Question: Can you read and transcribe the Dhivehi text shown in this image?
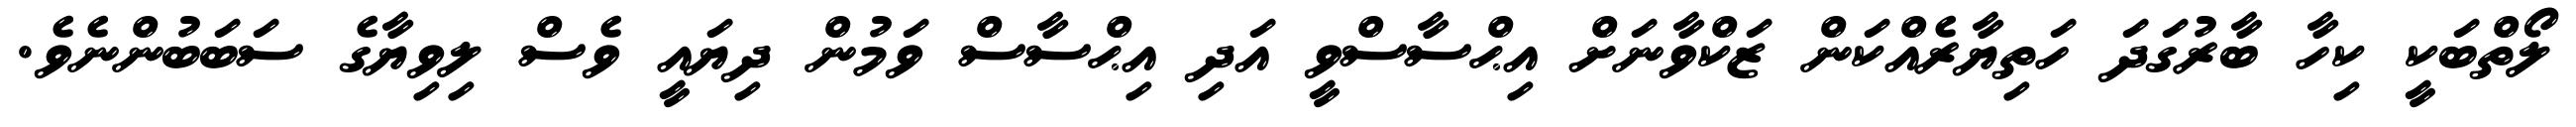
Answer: ލޯތްބަކީ ކިހާ ބާރުގަދަ ހަތިޔާރެއްކަން ޒަކްވާނަށް އިޙްސާސްވީ އަދި އިޙްސާސް ވަމުން ދިޔައީ ވެސް ލިވިޔާގެ ސަބަބުންނެވެ.